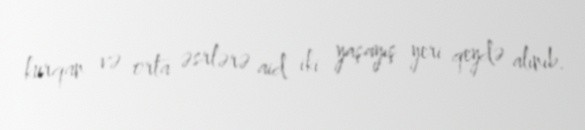
kurqan və orta əsrlərə aid iki yaşayış yeri qeydə alınıb.